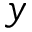
y